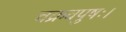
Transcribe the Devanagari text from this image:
चक्रवपुषः।